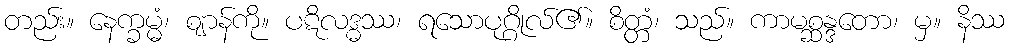
တည်း။ နေက္ခမ္မံ၊ ဈာန်ကို။ ပဋိလဒ္ဓဿ၊ ရသောပုဂ္ဂိုလ်၏။ စိတ္တံ၊ သည်။ ကာမစ္ဆန္ဒတော၊ မှ။ နိဿ